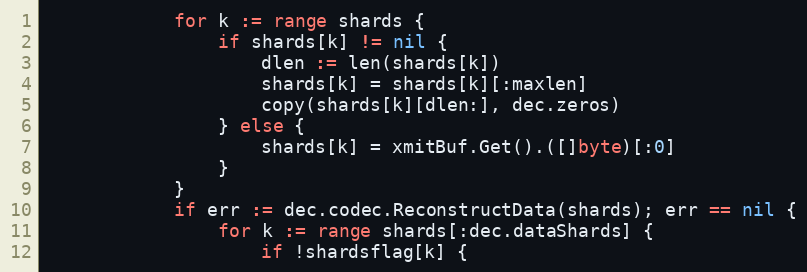
Language: Go
			for k := range shards {
				if shards[k] != nil {
					dlen := len(shards[k])
					shards[k] = shards[k][:maxlen]
					copy(shards[k][dlen:], dec.zeros)
				} else {
					shards[k] = xmitBuf.Get().([]byte)[:0]
				}
			}
			if err := dec.codec.ReconstructData(shards); err == nil {
				for k := range shards[:dec.dataShards] {
					if !shardsflag[k] {